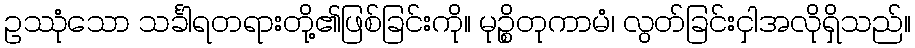
ဥဿုံသော သင်္ခါရတရားတို့၏ဖြစ်ခြင်းကို။ မုဉ္စိတုကာမံ၊ လွတ်ခြင်းငှါအလိုရှိသည်။